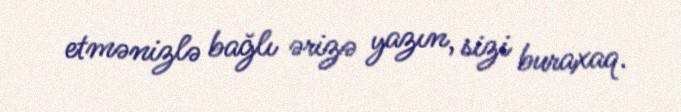
etmənizlə bağlı ərizə yazın, sizi buraxaq.